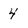
Character: 4